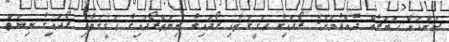
ސަންއަށް ޚަބަރެއް ދެއްވުމަށް: ރޯދައިގެ ޙަޤީޤަތާއި ރޯދައިގެ ނިޔަތްރޯދައިގެ ޙަޤީޤަތާއި ރޯދައިގެ ނިޔަތް